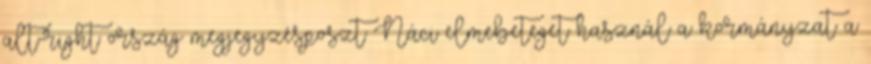
alt-right ország megjegyzésposzt Náci elmebeteget használ a kormányzat a